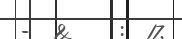
-  &    :  17